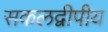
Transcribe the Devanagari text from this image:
सकलद्वीपीय